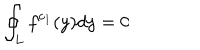
LaTeX: \oint _ { L } f ^ { c _ { 1 } } ( y ) d y = 0